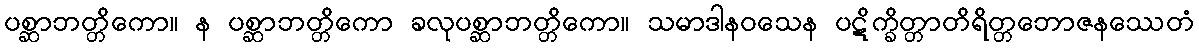
ပစ္ဆာဘတ္တိကော။ န ပစ္ဆာဘတ္တိကော ခလုပစ္ဆာဘတ္တိကော။ သမာဒါနဝသေန ပဋိက္ခိတ္တာတိရိတ္တဘောဇနဿေတံ